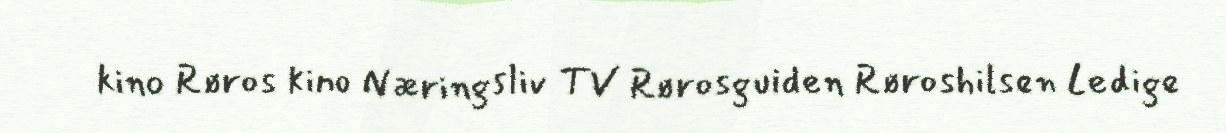
kino Røros kino Næringsliv TV Rørosguiden Røroshilsen Ledige